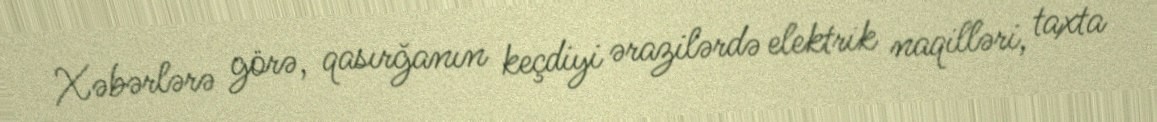
Xəbərlərə görə, qasırğanın keçdiyi ərazilərdə elektrik naqilləri, taxta